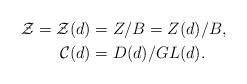
LaTeX: \begin{align*} \mathcal{Z}= \mathcal{Z}(d)&=Z/B=Z(d)/B,\\ \mathcal{C}(d)&=D(d)/GL(d).\end{align*}